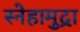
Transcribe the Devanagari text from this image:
स्नेहामुद्रा